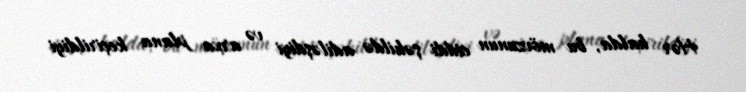
Hər halda, bu mövzunun ciddi şəkildə adiləşdiyi və arxa plana keçirildiyi